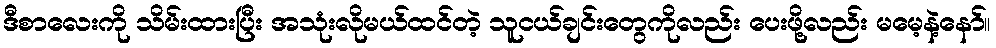
ဒီစာလေးကို သိမ်းထားပြီး အသုံးလိုမယ်ထင်တဲ့ သူငယ်ချင်းတွေကိုလည်း ပေးဖို့လည်း မမေ့နဲ့နော်။